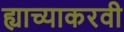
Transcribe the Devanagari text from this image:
ह्याच्याकरवी